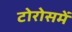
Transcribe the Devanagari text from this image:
टोरोसमें